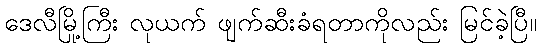
ဒေလီမြို့ကြီး လုယက် ဖျက်ဆီးခံရတာကိုလည်း မြင်ခဲ့ပြီ။